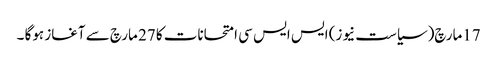
17مارچ(سیاست نیوز) ایس ایس سی امتحانات کا 27 مارچ سے آغاز ہوگا ۔